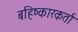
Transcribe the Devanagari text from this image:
बहिष्कारकर्ता